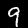
Label: 9